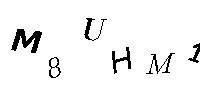
M8UHM1